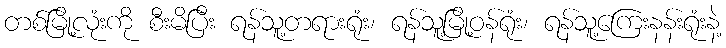
တစ်မြို့လုံးကို စီးမိပြီး ရန်သူ့တရားရုံး၊ ရန်သူ့မြို့ဝန်ရုံး၊ ရန်သူ့ကြေးနန်းရုံးနဲ့